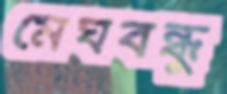
মেঘবন্ধু